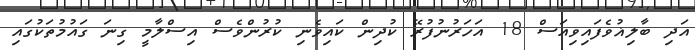
އަދި ބާލިޣުވެފައިވިއަސް 18 އަހަރުނުފުރޭ ކުދިން ކައިވެނި ކުރުންވެސް އިސްލާމީ ގިނަ ގައުމުތަކުގައި